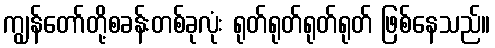
ကျွန်တော်တို့စခန်းတစ်ခုလုံး ရုတ်ရုတ်ရုတ်ရုတ် ဖြစ်နေသည်။